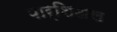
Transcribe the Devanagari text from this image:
पार्शिअल